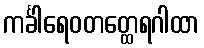
ကင်္ခါရေဝတတ္ထေရဂါထာ